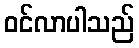
ဝင်လာပါသည်